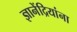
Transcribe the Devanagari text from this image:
ज्ञानेंद्रियांना